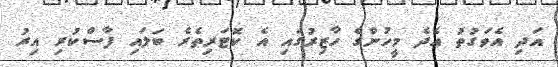
އަދި އެވަގުތު އެދެ މީހުންގެ ހާޒިރުގައި އެ ކޮޓަރިތެރެ ބަލައި ފާސްކުރި އިރު